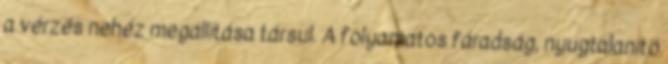
a vérzés nehéz megállítása társul. A folyamatos fáradság, nyugtalanító